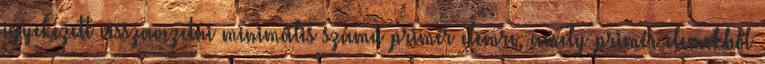
igyekezett visszavezetni minimális számú primér elemre, amely primér elemekből